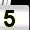
Digit: 5